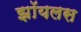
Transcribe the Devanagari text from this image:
झॉयलस